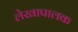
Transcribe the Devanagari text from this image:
लेखापालक